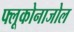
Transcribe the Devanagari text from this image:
फ्लूकोनाजोल